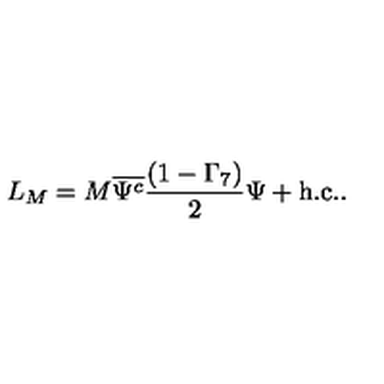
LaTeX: L _ { M } = M \overline { { \Psi ^ { c } } } \frac { ( 1 - \Gamma _ { 7 } ) } { 2 } \Psi + \mathrm { h . c . } .